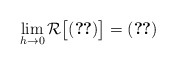
\begin{align*}\lim_{h\to 0} \mathcal R\bigl[\eqref{ah duh}\bigr]=\eqref{duhamel 1} \end{align*}